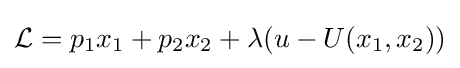
{\mathcal {L}}=p_{1}x_{1}+p_{2}x_{2}+\lambda (u-U(x_{1},x_{2}))